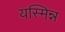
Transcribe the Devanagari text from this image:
यस्मिन्न